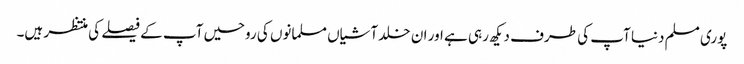
پوری مسلم دنیا آپ کی طرف دیکھ رہی ہے اور ان خلد آشیاں مسلمانوں کی روحیں آپ کے فیصلے کی منتظر ہیں۔